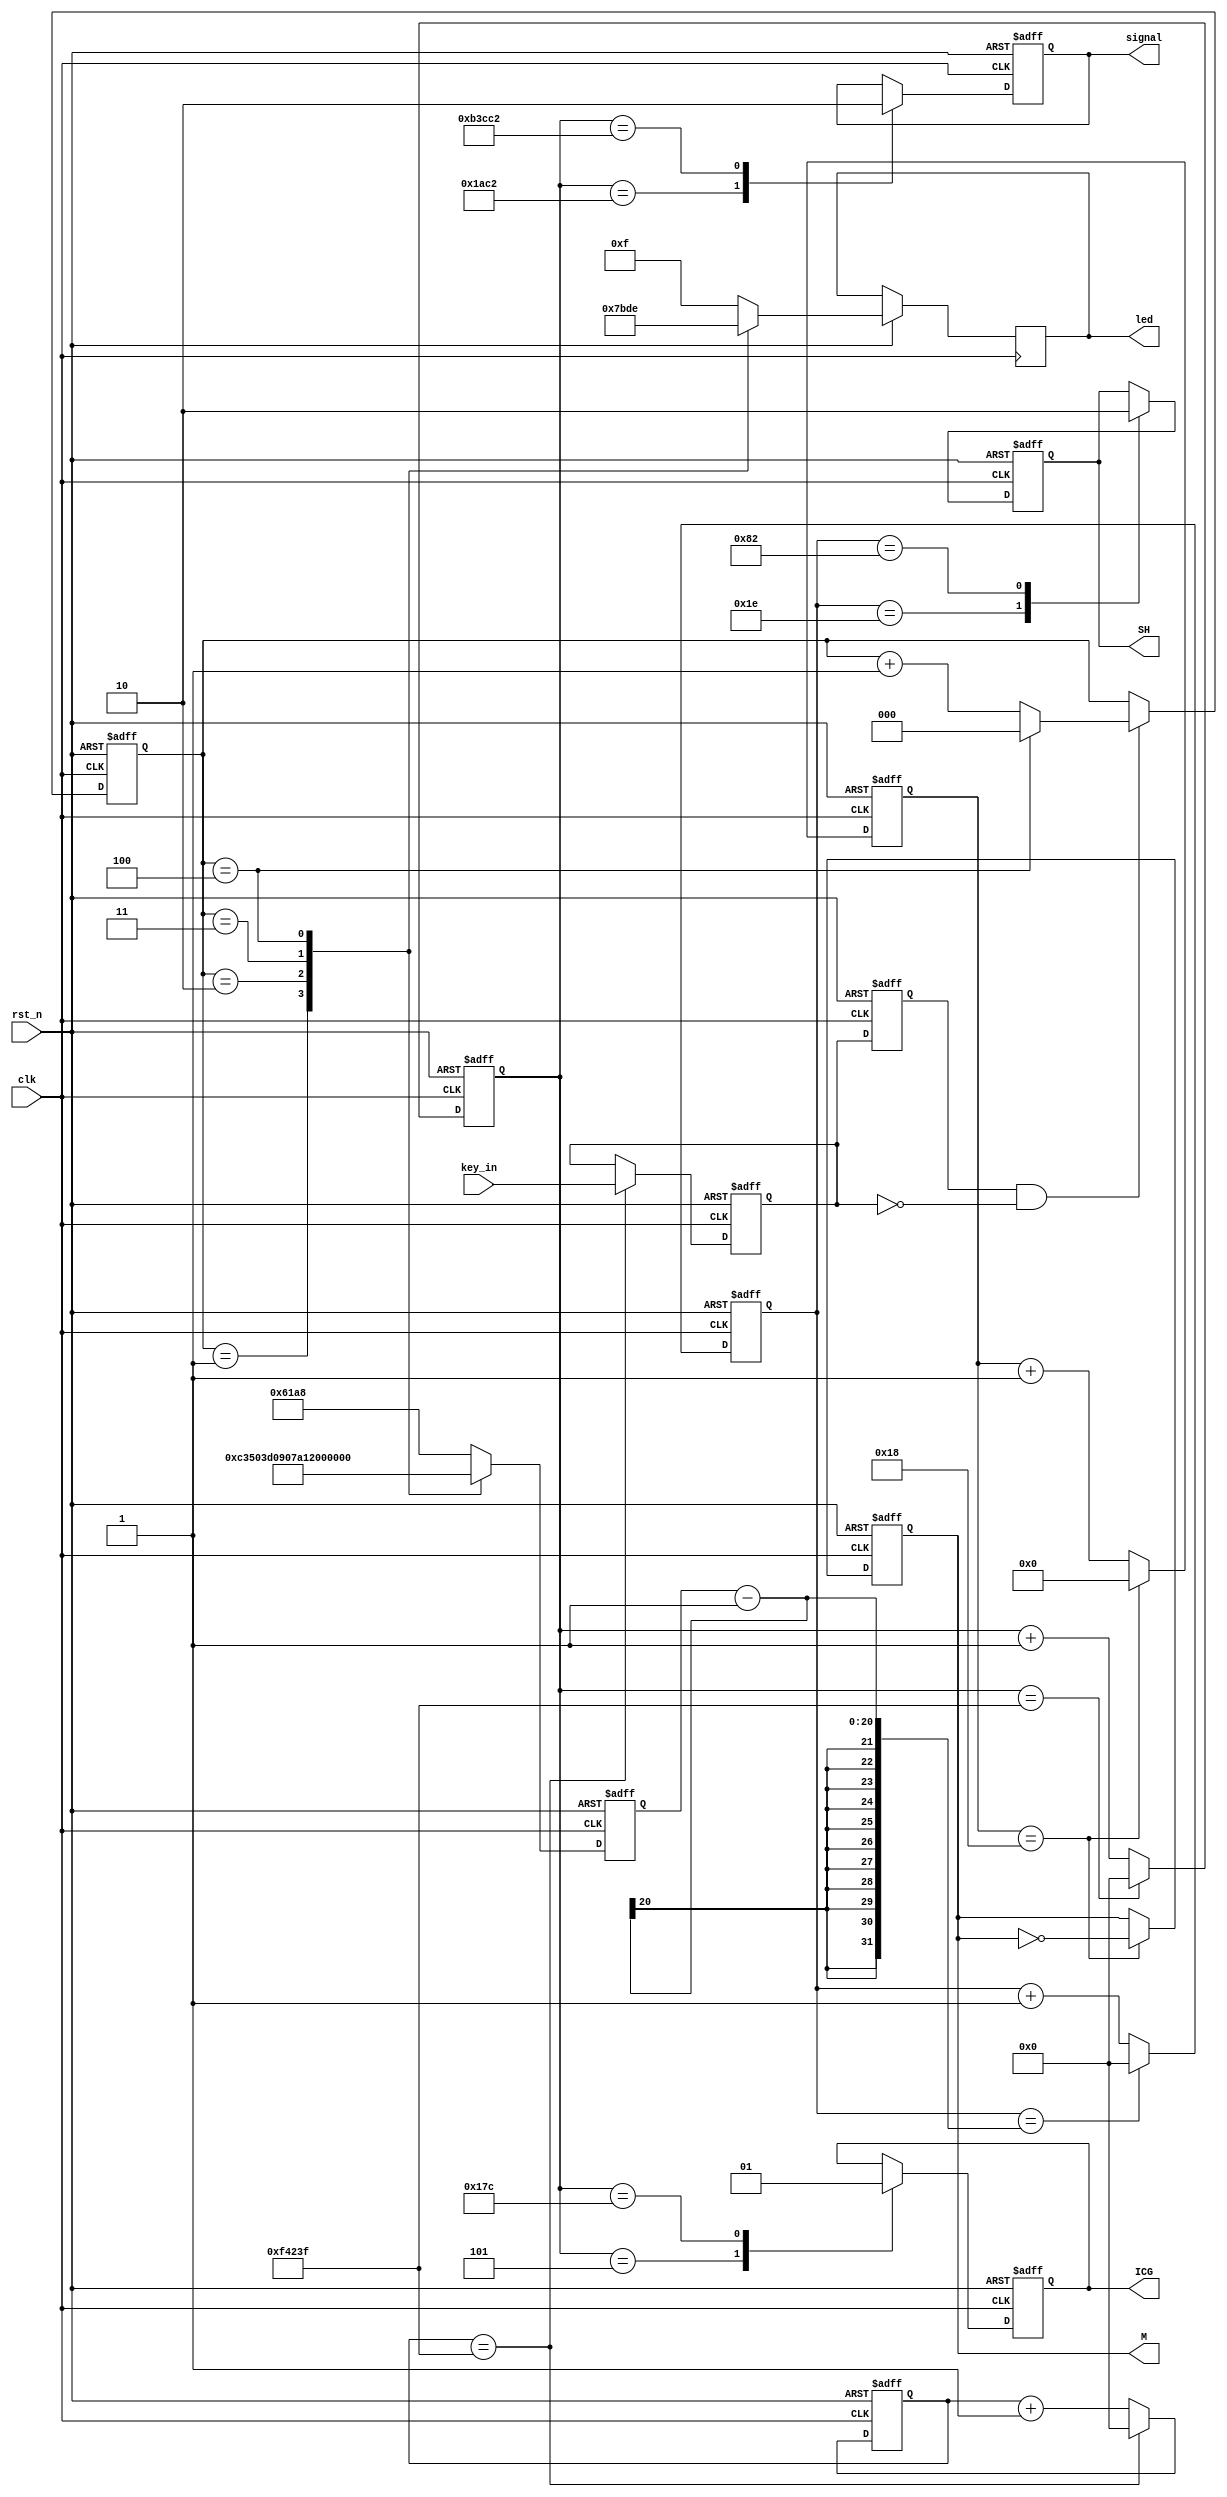
 module ccd_drive(
   input clk,
   input rst_n,
   input key_in,
 
 // TCD1304 signal
	output reg M,
	output reg ICG,
	output reg SH,
	
	// Module interface
	output reg signal,
	output reg [3:0] led
 );
 

parameter N = 5'd25;						// 50 devider
parameter P = 20'd1000000;					// 50Hz = 50MHz / 1000000
parameter K = 20'd1000000;
parameter KEY_en = 1'b1;


reg [19:0] cnt1;							// Counter for ICG
reg [4:0] cnt2;								// Counter for M
reg [19:0] cnt3;							// Counter for SH
reg [19:0] counter;                 // counter for key_scan
reg key_scan;

always @(posedge clk or negedge rst_n)
begin
   if(~rst_n)
		begin
			counter <= 20'd0;
			key_scan <= 1'b1;
		end
	else if(counter == K - 1)
		begin
			counter <= 20'd0;
			key_scan <= key_in;
		end
	else
		begin
			counter <= counter + 20'd1;
			key_scan <= key_scan;
	end 
end

reg key_scan_r;

always @ (posedge clk or negedge rst_n)
begin
   if(~rst_n)
	begin
	   key_scan_r <= 1'b1;
	end
	else
	begin
	   key_scan_r <= key_scan;
	end
end

wire flag_key = key_scan_r & (~key_scan);



// Counter for ICG
always @(posedge clk or negedge rst_n) 
begin
	 if(!rst_n)
		cnt1 <= 20'd0;
		
	 else if(cnt1 == P - 1)			
		cnt1 <= 20'd0;
		
	 else						  
		cnt1 <= cnt1 + 20'd1;
end

// counter for M
always @(posedge clk or negedge rst_n) begin

	if(!rst_n)
	begin
		cnt2 <= 5'd0;
		M <= 1'b0;
	end
	
	else if(cnt2 == N - 1)	
	begin
		cnt2 <= 5'd0;
		M <= ~M;
	end
	
	else
	begin
		cnt2 <= cnt2 + 5'd1; 
		M <= M;
	end
end


reg [2:0] key_cnt;

reg [19:0] L;
// Counter for SH	
always @(posedge clk or negedge rst_n) 
begin
   if (!rst_n)
	begin
		key_cnt <= 0;
		L <= 20'd25000;
	end
	else
	begin
	   if(flag_key == KEY_en)
		begin
		   if(key_cnt == 3'd4)
			begin
			    key_cnt <= 3'd0;
		   end
			else  
			   key_cnt <= key_cnt + 3'd1;
	   end
	   case (key_cnt)
	   3'd0 : begin
		          L <= 20'd25000; led <= 4'b1111;
				 end
		3'd1 : begin
		          L <= 20'd50000; led <= 4'b0111;
				 end
		3'd2 : begin
		          L <= 20'd250000; led <= 4'b1011;
				 end
		3'd3 : begin 
		          L <= 20'd500000; led <= 4'b1101;
				 end
		3'd4 : begin
		          L <= 20'd1000000; led <= 4'b1110;
				 end
		default : begin
		            L <= 20'd25000; led <= 4'b1111;
					 end
		      
	   endcase	
	end
end

wire [19:0] L_r = L;
	
always @(posedge clk or negedge rst_n) begin

	if(!rst_n)
		cnt3 <= 20'd0;
	   
		
	else if(cnt3 == L_r - 1)
		cnt3 <= 20'd0;
		
	else
		cnt3 <= cnt3 + 20'd1;
end

// Generate SH
always @(posedge clk or negedge rst_n) begin

	if(!rst_n)
		SH <= 1'b0;
		
	else
		case (cnt3)
			20'd30:							// t2 typ 500ns, which count 25(6:30) at 50M
				SH <= 1'b1;
			20'd130:						// t3 >= 1us, here t3 = 2us, which count 100(31:130) at 50M
				SH <= 1'b0;
			default:
				SH <= SH;
		endcase
end
		
// Generate ICG
always @(posedge clk or negedge rst_n) begin

	if(!rst_n)
		ICG <= 1'b1;
		
	else
		case (cnt1)
			20'd5: 
				ICG <= 1'b0;
			20'd380:						// t1 typ 7.5us, which count 250(131:380) at 50M
				ICG <= 1'b1;
			default:
				ICG <= ICG;
		endcase
end
		


// Signal
always @(posedge clk or negedge rst_n) begin
	
	if(!rst_n)
		signal <= 0;
	// (32 * 4) * 50 + 375 + 5 = 6780, 375 is posedge ICG
	// ((32 + 3648) * 4) * 50 + 375 + 5 = 736380
	// start at 50 clks after
	
	else 
		case(cnt1)
			// 20'd71850:						// 70 clk offset, 325 pixel offset -> (32+325)*4*50+375+75, 375 is posedge ICG
				// signal <= 1'b1;
			// 20'd446850:						// total 1875 pixel, 71850 + 1875*4*50
				// signal <= 1'b0;
			20'd6850:							// 70 clk offset
				signal <= 1'b1;
			20'd736450: 						// 729600 clks(6826:736425)
				signal <= 1'b0;
			default:
				signal <= signal;
		endcase
end
		
endmodule